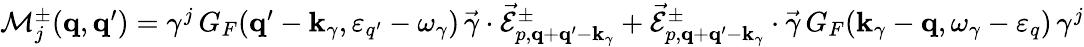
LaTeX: \begin{array}{r}{\mathcal{M}_{j}^{\pm}({\mathbf q},{\mathbf q}^{\prime})=\gamma^{j}\, G_{F}({\mathbf q}^{\prime}-{\mathbf k}_{\gamma},\varepsilon_{q^{\prime}}-\omega_{\gamma})\, \vec{\gamma}\cdot\vec{\mathcal{E}}_{p,{\mathbf q}+{\mathbf q}^{\prime}-{\mathbf k}_{\gamma}}^{\pm}+\vec{\mathcal{E}}_{p,{\mathbf q}+{\mathbf q}^{\prime}-{\mathbf k}_{\gamma}}^{\pm}\cdot\vec{\gamma}\, G_{F}({\mathbf k}_{\gamma}-{\mathbf q},\omega_{\gamma}-\varepsilon_{q})\, \gamma^{j}}\end{array}